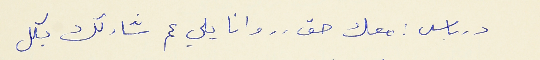
درباس : معك حق . . وانا يلي عم شاركك بكل